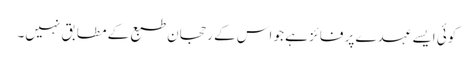
کوئی ایسے عہدے پر فائز ہے جو اس کے رحجان طبع کے مطابق نہیں۔